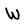
Character: W